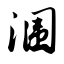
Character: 涠